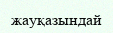
жауқазындай